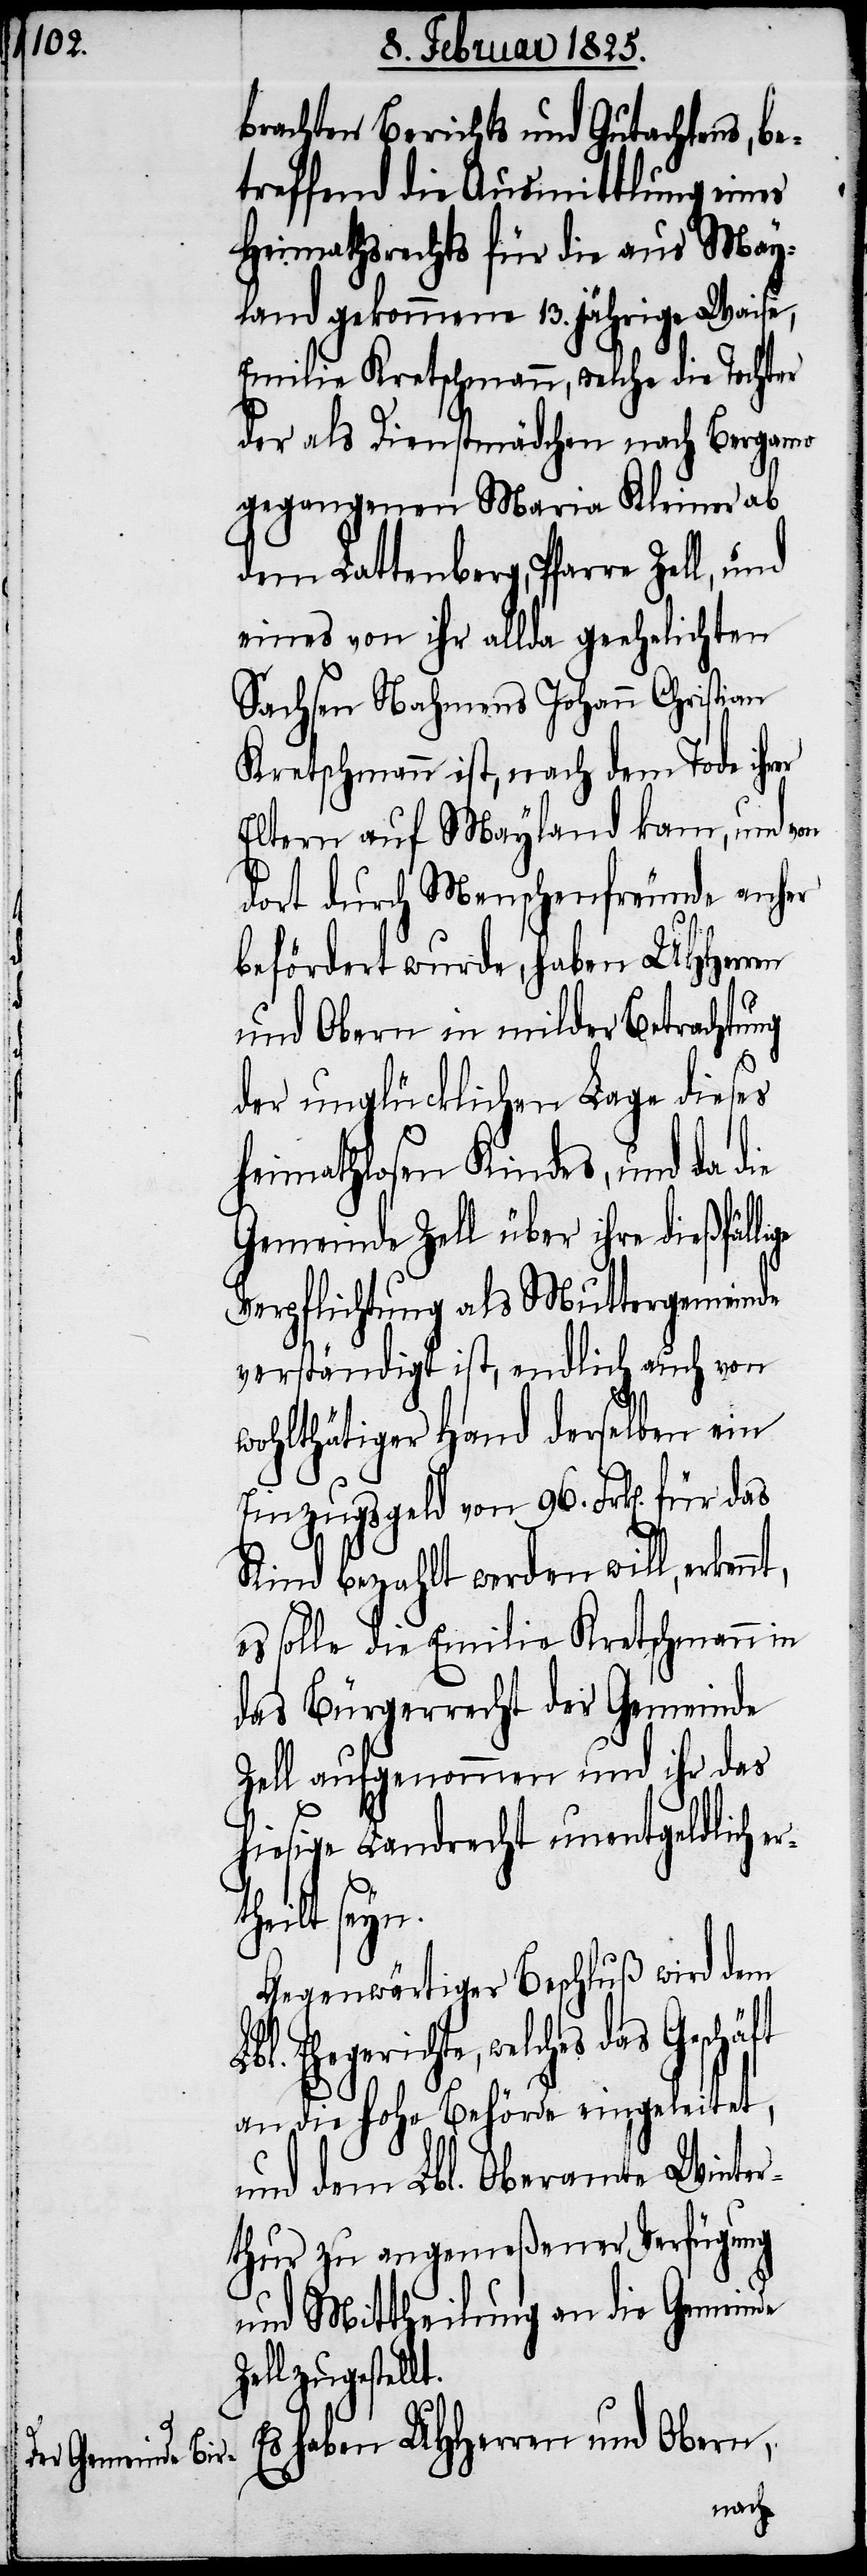
rt¬

brachten Berichts und Gutachtens, be¬
treffend die Ausmittlung eines
Heimathsrechts für die aus May¬
land gekommene 13. jährige Waise,
Emilie Kretschmann, welche die Tochter
der als Dienstmädchen nach Bergamo
gegangenen Maria Kleiner ab
dem Lattenberg, Pfarre Zell, und
eines von ihr allda geehelichten
Sachsen Nahmens Johann Christian
Kretschmann ist, nach dem Tode
Eltern auf Mayland kam, und von
dort durch Menschenfreunde anher
befördert wurde, haben UHHerren
und Obern in milder Betrachtung
der unglücklichen Lage dieses
heimathlosen Kindes, und da die
Gemeinde Zell über ihre dießfälli¬
Verpflichtung als Muttergemeinde
verständigt ist, endlich auch von
wohlthätiger Hand derselben ein
Einzugsgeld von 96. Frk[en]. für das
Kind bezahlt werden will,
es solle die Emilie Kretschmann in
das Bürgerrecht der Gemeinde
Zell aufgenommen und ihr das
hiesige Landrecht unentgeldlich e¬
heilt seyn.
Gegenwärtiger Beschluß wird dem
Ehegerichte, welches
an die hohe Behörde eingeleitet,
und dem Lbl. Oberamte Winter¬
thur zu angemeßener Verfügung
und Mittheilung an die Gemeinde
zugestellt.
Es haben UHHerren und Obern,